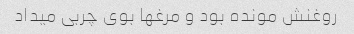
روغنش مونده بود و مرغها بوی چربی میداد